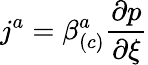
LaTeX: j^{a}=\beta_{\left(c\right)}^{a}\frac{\partial p}{\partial\xi}